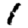
Digit: 1